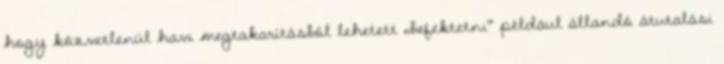
hogy közvetlenül havi megtakarításból lehetett „befektetni” például állandó átutalási